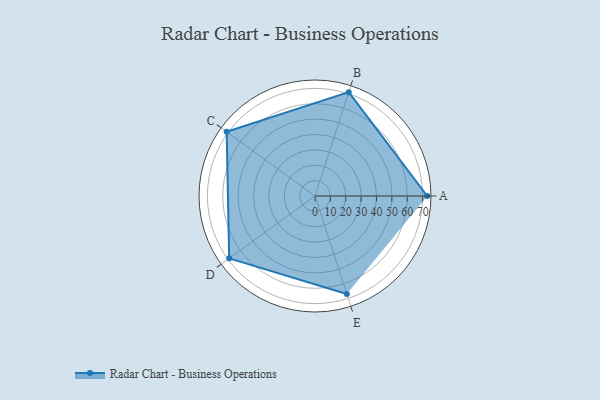
{"axis": {"x": "Skill", "y": "Score"}, "legend": ["Profile"], "data": [{"x": "A", "y": 73.0, "type": "Profile"}, {"x": "B", "y": 71.0, "type": "Profile"}, {"x": "C", "y": 71.0, "type": "Profile"}, {"x": "D", "y": 69.0, "type": "Profile"}, {"x": "E", "y": 67.0, "type": "Profile"}]}